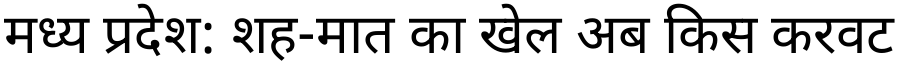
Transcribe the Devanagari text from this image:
मध्य प्रदेश: शह-मात का खेल अब किस करवट